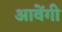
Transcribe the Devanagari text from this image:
आवेंगी